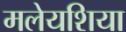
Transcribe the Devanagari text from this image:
मलेयशिया